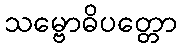
သမ္ဗောဓိပတ္တော